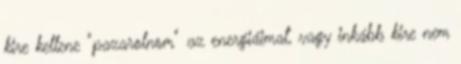
kire kellene "pazarolnom" az energiáimat, vagy inkább kire nem